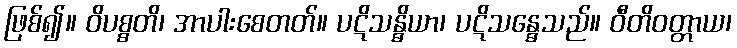
ဖြစ်၍။ ဝိပစ္စတိ၊ အာပါးစေတတ်။ ပဋိသန္ဓိယာ၊ ပဋိသန္ဓေသည်။ ဝီတိဝတ္တာယ၊